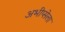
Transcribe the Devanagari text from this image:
अभीप्सेला